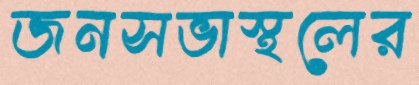
জনসভাস্থলের